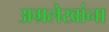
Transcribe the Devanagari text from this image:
अग्रलेखांना